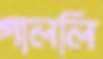
গাললি